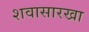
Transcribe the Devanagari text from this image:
शवासारखा